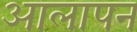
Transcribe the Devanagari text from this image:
आलापन